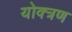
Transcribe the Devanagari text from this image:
योक्त्रण